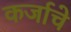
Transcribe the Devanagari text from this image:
कर्जाचे